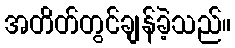
အတိတ်တွင်ချန်ခဲ့သည်။